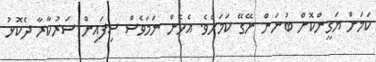
ކަމަށް ޔަގީންކޮށް ބުނަން ނޭގޭ ކަމަށެވެ. އެހެން ނަމަވެސް ސިފައިން ސަރުކާރާ ދެކޮޅު